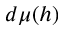
d \mu ( h )